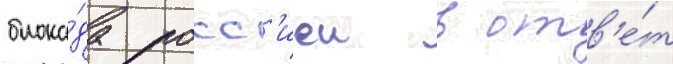
блока́да росс'иеи в отв'е́т